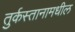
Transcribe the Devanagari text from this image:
तुर्कस्तानामधील